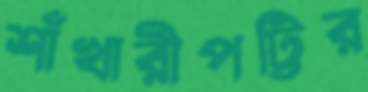
শাঁখারীপট্টির